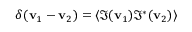
\delta ( { \bf { v } } _ { 1 } - { \bf { v } } _ { 2 } ) = \langle \Im ( { \bf { v } } _ { 1 } ) { { \Im } ^ { * } } ( { \bf { v } } _ { 2 } ) \rangle